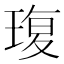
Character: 𮴦